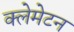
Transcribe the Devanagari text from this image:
क्लेमेटन